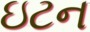
ઇટન